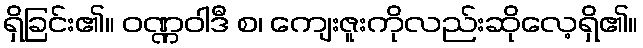
ရှိခြင်း၏။ ဝဏ္ဏဝါဒီ စ၊ ကျေးဇူးကိုလည်းဆိုလေ့ရှိ၏။